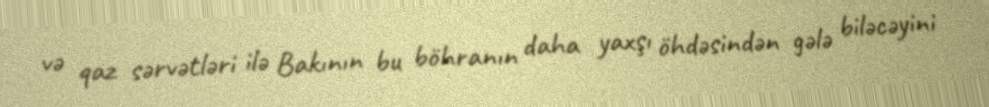
və qaz sərvətləri ilə Bakının bu böhranın daha yaxşı öhdəsindən gələ biləcəyini